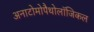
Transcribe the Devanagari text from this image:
अनाटोमोपैथोलॉजिकल